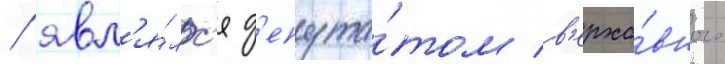
/ явл'я́лс'я д'епута́том в'ерхо́вного